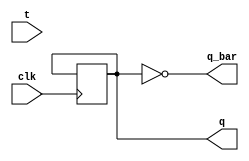
module tff(t,clk,q,q_bar);
  input t,clk;
  output q,q_bar;
  reg q;
  assign q_bar=~q;
  always@(posedge clk)
    begin
    case(t)
      0:q<=q;
      1:q<=~q_bar;
    endcase
    end
endmodule
module ripple_counter(t0,t1,t2,clk,out);
  input t0,t1,t2,clk;
  output [2:0] out;
  wire qo,q1,q2,q0_bar,q1_bar,q2_bar;
  assign t0=1;
  assign t1=1;
  assign t2=1;
  tff tff0(.t(t0),.clk(clk),.q(q0),.q_bar(q0_bar));
  tff tff1(.t(t1),.clk(q0),.q(q1),.q_bar(q1_bar));
  tff tff2(.t(t2),.clk(q1),.q(q2),.q_bar(q0_bar));
  assign out={q2,q1,q0};
endmodule